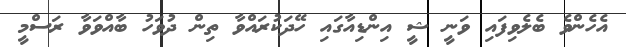
އެހެންވެ ބެލެވިފައި ވަނީ ޝީ އިންޑިއާގައި ހޭދަކުރައްވާ ތިން ދުވަހު ބާއްވަވާ ރަސްމީ